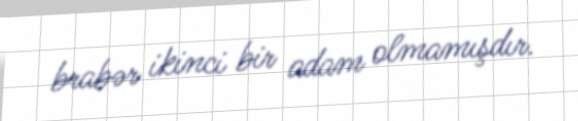
brabər ikinci bir adam olmamışdır.